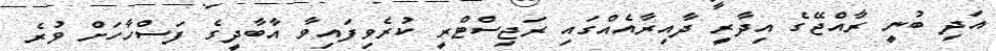
އަދި ބުނީ ރާއްޖޭގެ އިދާރީ ދާއިރާއެއްގައި ރަޖިސްޓްރީ ކުރެވިފައިވާ އާބާދީގެ ފަސްހާހަށް ވުރެ